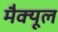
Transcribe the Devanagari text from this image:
मैक्यूल